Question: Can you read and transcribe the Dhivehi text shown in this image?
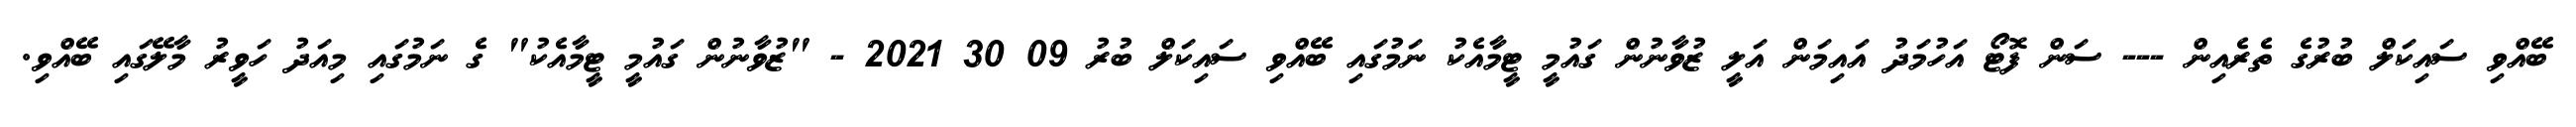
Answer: ބޭއްވި ސައިކަލް ބުރުގެ ތެރެއިން --- ސަން ފޮޓޯ އަހުމަދު އައިމަން އަލީ ޒުވާނުން ގައުމީ ޓީމާއެކު ނަމުގައި ބޭއްވި ސައިކަލް ބުރު 09 30 2021 - "ޒުވާނުން ގައުމީ ޓީމާއެކު" ގެ ނަމުގައި މިއަދު ހަވީރު މާލޭގައި ބޭއްވި.